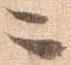
ニ